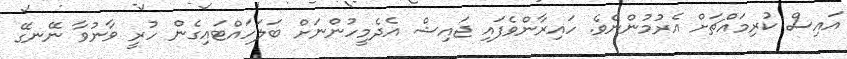
އައިސް ކުރިމައްޗަށް އެރުމުންނެވެ. ހައިރާންވެފައި ޖައިޝް އެދެމީހުންނަށް ބަލަހައްޓައިގެން ހުރީ ވާނުވާ ނޭނގޭ